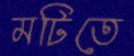
মটিতে